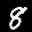
Label: 8